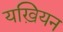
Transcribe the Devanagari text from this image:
यख़ियन